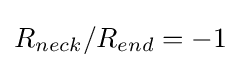
R_{neck}/R_{end}=-1